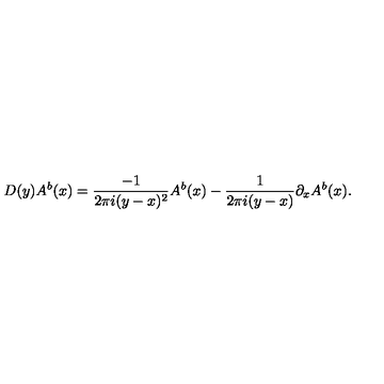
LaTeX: D ( y ) A ^ { b } ( x ) = { \frac { - 1 } { 2 \pi i ( y - x ) ^ { 2 } } } A ^ { b } ( x ) - { \frac { 1 } { 2 \pi i ( y - x ) } } \partial _ { x } A ^ { b } ( x ) .